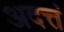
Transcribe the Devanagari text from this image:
अदत्तं